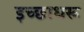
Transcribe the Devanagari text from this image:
इच्छाधरू